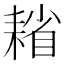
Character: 𦔄